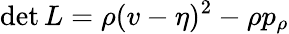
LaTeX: \operatorname*{det}L=\rho(v-\eta)^{2}-\rho p_{\rho}